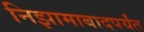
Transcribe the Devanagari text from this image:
निझामाबादपर्यंत